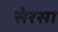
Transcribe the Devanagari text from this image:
सेरसा